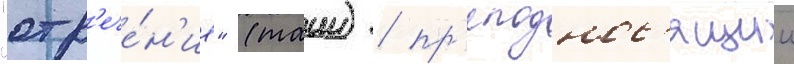
"отр'ече́н'ие" (таии) / пр'еподнос'ящии